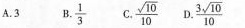
A.3 B.\frac{1}{3} C.\frac{\sqrt{10} }{10}D.\frac{3\sqrt{10} }{10}